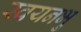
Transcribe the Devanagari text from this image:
स्वयनभु